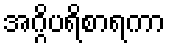
အဂ္ဂိပရိစာရကာ